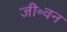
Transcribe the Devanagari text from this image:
जी॰वन